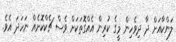
ލަންކާއަށް ދާ ދިވެހިން މީގެ ކުރިން އެއްގޮތަކަށް ވެސް ޗެކްކޮށެއް ނަހަދަ އެވެ.